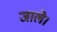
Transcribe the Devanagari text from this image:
जाले।